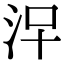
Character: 𣳀